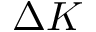
\Delta K